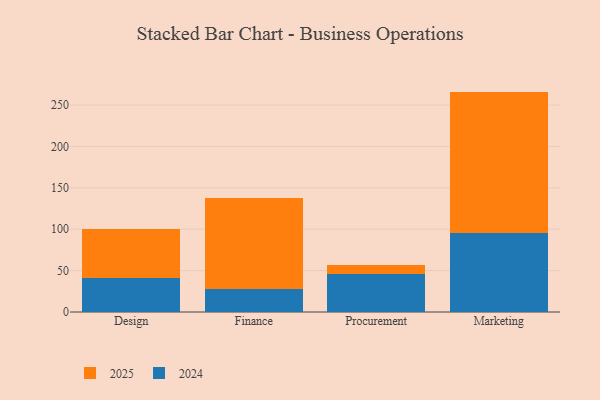
{"axis": {"x": "Department", "y": "Satisfaction Score"}, "legend": ["2024", "2025"], "data": [{"x": "Design", "y": 60.2, "type": "2025"}, {"x": "Design", "y": 40.6, "type": "2024"}, {"x": "Finance", "y": 110.1, "type": "2025"}, {"x": "Finance", "y": 27.4, "type": "2024"}, {"x": "Procurement", "y": 10.3, "type": "2025"}, {"x": "Procurement", "y": 46.3, "type": "2024"}, {"x": "Marketing", "y": 171.4, "type": "2025"}, {"x": "Marketing", "y": 94.9, "type": "2024"}]}